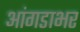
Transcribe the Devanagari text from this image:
आंगडाभर